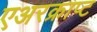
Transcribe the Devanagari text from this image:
एअरक्राप्ट